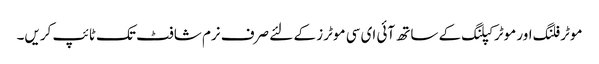
موٹر فلنگ اور موٹر کپلنگ کے ساتھ آئی ای سی موٹرز کے لئے صرف نرم شافٹ تک ٹائپ کریں۔